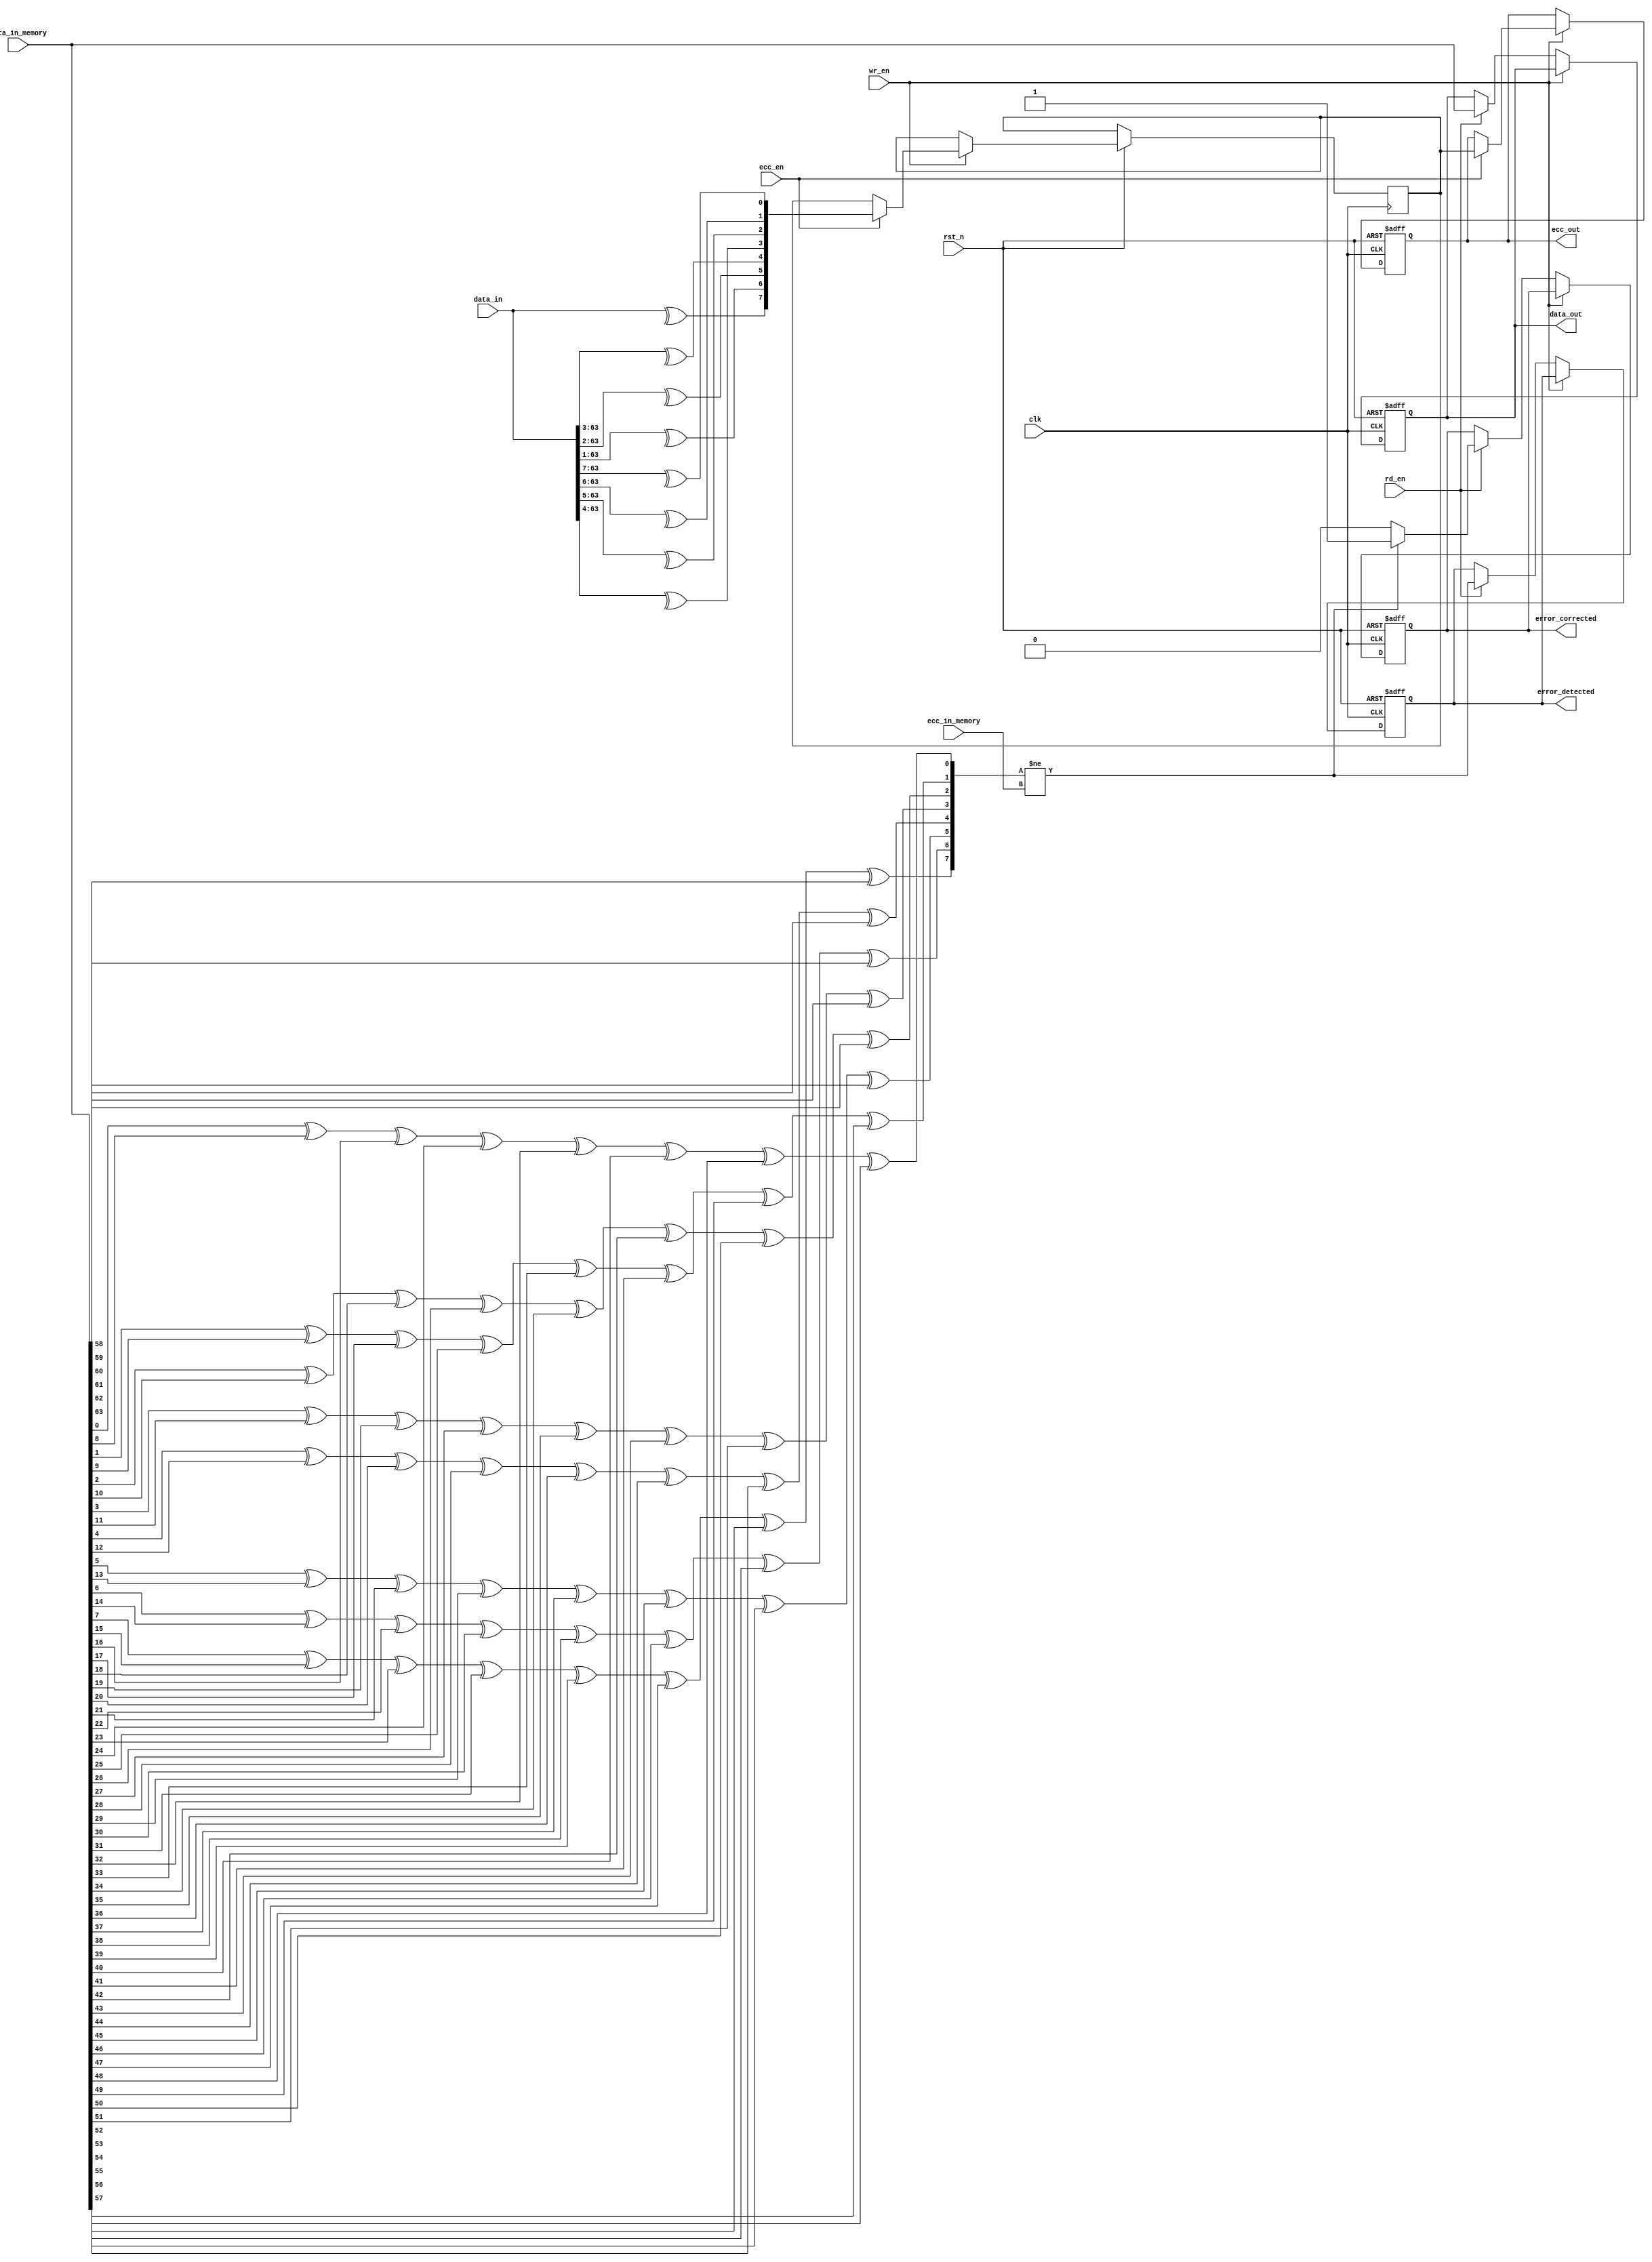
module ecc_dram_io_block (
    input wire clk,
    input wire rst_n,
    input wire wr_en,          // Write Enable
    input wire rd_en,          // Read Enable
    input wire ecc_en,         // ECC Enable
    input wire [63:0] data_in, // Data input from external bus
    output reg [63:0] data_out, // Data output to external bus
    output reg [7:0] ecc_out,   // ECC output for written data
    input wire [63:0] data_in_memory, // Data read from memory
    input wire [7:0] ecc_in_memory,   // ECC read from memory
    output reg error_detected, // Error detected flag
    output reg error_corrected  // Error corrected flag
);

// Internal signals
reg [63:0] data_buffer;
reg [7:0] ecc_buffer;

// ECC Encoding Logic (Hamming Code Example)
function [7:0] ecc_encode(input [63:0] data);
    // Example ECC calculation: Simple Parity for demonstration
    ecc_encode = { ^data[0:63], ^data[1:63], ^data[2:63], ^data[3:63],
                   ^data[4:63], ^data[5:63], ^data[6:63], ^data[7:63] };
endfunction

// ECC Decoding Logic
function [63:0] ecc_decode(input [63:0] data, input [7:0] ecc);
    // Example ECC check: Simple Parity for demonstration
    integer i;
    reg [7:0] parity;
    parity = 0;
    for (i = 0; i < 64; i = i + 1) begin
        parity[i % 8] = parity[i % 8] ^ data[i];
    end
    error_detected = (parity != ecc);
    if (error_detected) begin
        // Error correction logic would go here
        error_corrected = 1; // Assume correction is successful for this example
    end else begin
        error_corrected = 0;
    end
    ecc_decode = data; // Return data (corrected or not)
endfunction

// Data I/O Logic
always @(posedge clk or negedge rst_n) begin
    if (!rst_n) begin
        data_out <= 64'b0;
        ecc_out <= 8'b0;
        error_detected <= 0;
        error_corrected <= 0;
    end else begin
        if (wr_en) begin
            // Write operation
            data_buffer <= data_in;
            if (ecc_en) begin
                ecc_buffer <= ecc_encode(data_in);
                ecc_out <= ecc_buffer;
            end
            // Here, you would normally store data_buffer and ecc_buffer into memory
        end else if (rd_en) begin
            // Read operation
            // Here, you would normally read data_in_memory and ecc_in_memory from memory
            data_out <= ecc_decode(data_in_memory, ecc_in_memory);
        end
    end
end

endmodule